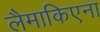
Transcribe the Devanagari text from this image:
लैमाकिएना